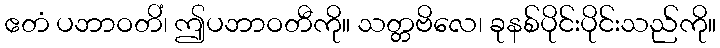
ဧတံ ပဘာဝတိံ၊ ဤပဘာဝတီကို။ သတ္တဗိလေ၊ ခုနစ်ပိုင်းပိုင်းသည်ကို။